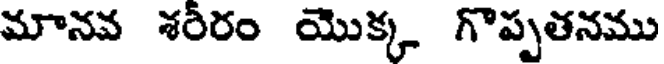
మానవ శరీరం యొక్క గొప్పతనము